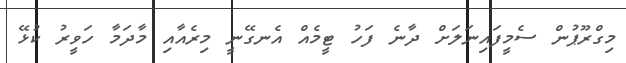
މިގްރޫޕުން ސެމީފައިނަލަށް ދާނެ ފަހު ޓީމެއް އެނގޭނީ މިރެއާއި މާދަމާ ހަވީރު ކުޅޭ